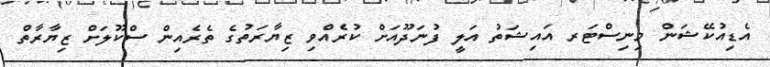
އެޑިއުކޭޝަން މިނިސްޓަރ އައިޝަތު އަލީ ފުނަދޫއަށް ކުރެއްވި ޒިޔާރަތުގެ ތެރެއިން ސްކޫލަށް ޒިޔާރާތް